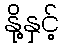
နို့နှင့်